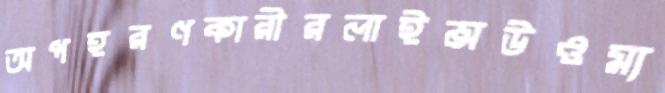
অপহরণকারীরলাইন্সউওম্য